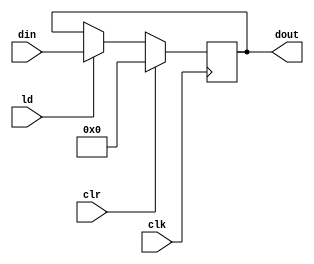
`timescale 1ns / 1ps
//////////////////////////////////////////////////////////////////////////////////
// Company: 
// Engineer: 
// 
// Design Name: 
// Module Name:    PIPO2 
// Project Name: 
// Target Devices: 
// Tool versions: 
// Description: 
//
// Dependencies: 
//
// Revision: 
// Revision 0.01 - File Created
// Additional Comments: 
//
//////////////////////////////////////////////////////////////////////////////////
module PIPO2(dout,din,ld,clr,clk);
input [15:0] din;
input ld,clr,clk;
output reg [15:0] dout;
always @(posedge clk)
if(clr) dout<=16'b0;
else if(ld) dout<=din;
endmodule